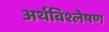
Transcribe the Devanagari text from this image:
अर्थविश्लेषण